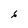
Character: 6